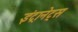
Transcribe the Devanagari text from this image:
इंट्रानेट्स